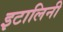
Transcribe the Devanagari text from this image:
इटालिनी